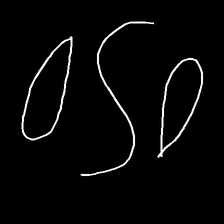
Glyph: water